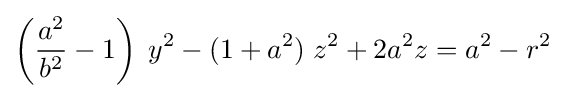
\left({\frac {a^{2}}{b^{2}}}-1\right)\;y^{2}-(1+a^{2})\;z^{2}+2a^{2}z=a^{2}-r^{2}\